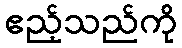
ဧည့်သည်ကို